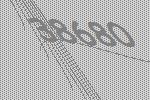
38680